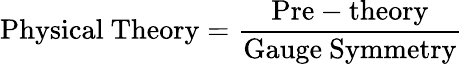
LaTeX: \mathrm{Physical~Theory}=\frac{\mathrm{Pre-theory}}{\mathrm{Gauge~Symmetry}}